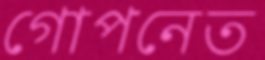
গোপনেত